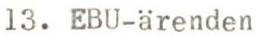
13. EBU-ärenden